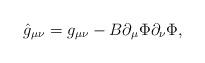
LaTeX: \begin{align*}\hat{g}_{\mu\nu}=g_{\mu\nu}-B\partial_{\mu}\Phi\partial_{\nu}\Phi,\end{align*}